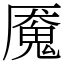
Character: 魇